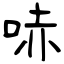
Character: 哧